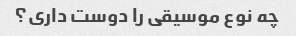
چه نوع موسیقی را دوست داری؟